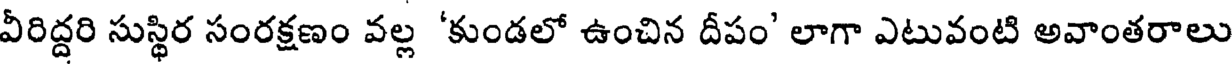
వీరిద్దరి సుస్థిర సంరక్షణం వల్ల 'కుండలో ఉంచిన దీపం' లాగా ఎటువంటి అవాంతరాలు